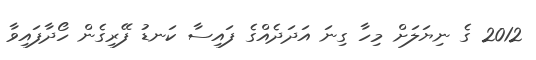
2012 ގެ ނިޔަލަށް މިހާ ގިނަ އަދަދެއްގެ ފައިސާ ކަނޑު ފޭރިގެން ހޯދާފައިވާ